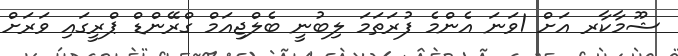
ޝޫމާކާރ އަށް 1ވަނަ އެންމެ ފުރަތަމަ ލިބުނީ ބެލްޖިއަމް ގްރޭންޑް ޕްރީގައި ވަރަށް